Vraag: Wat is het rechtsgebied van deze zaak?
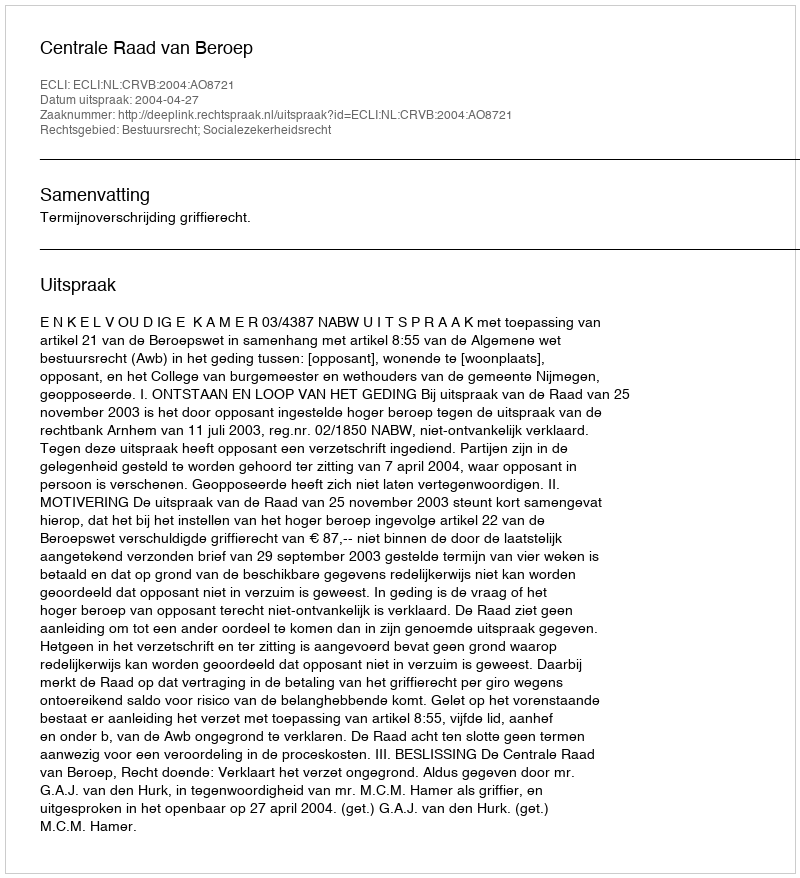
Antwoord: Bestuursrecht; Socialezekerheidsrecht